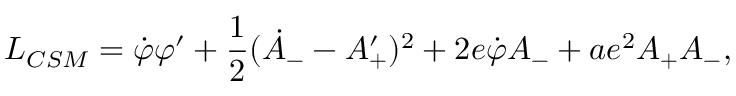
{ \cal L } _ { C S M } = { \dot { \varphi } } \varphi ^ { \prime } + { \frac { 1 } { 2 } } ( { \dot { A } } _ { - } - { A _ { + } ^ { \prime } } ) ^ { 2 } + 2 e { \dot { \varphi } } A _ { - } + a e ^ { 2 } A _ { + } A _ { - } ,